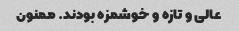
عالی و تازه و خوشمزه بودند. ممنون